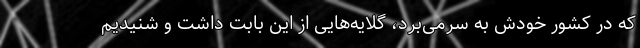
که در کشور خودش به سرمی‌برد، گلایه‌هایی از این بابت داشت و شنیدیم